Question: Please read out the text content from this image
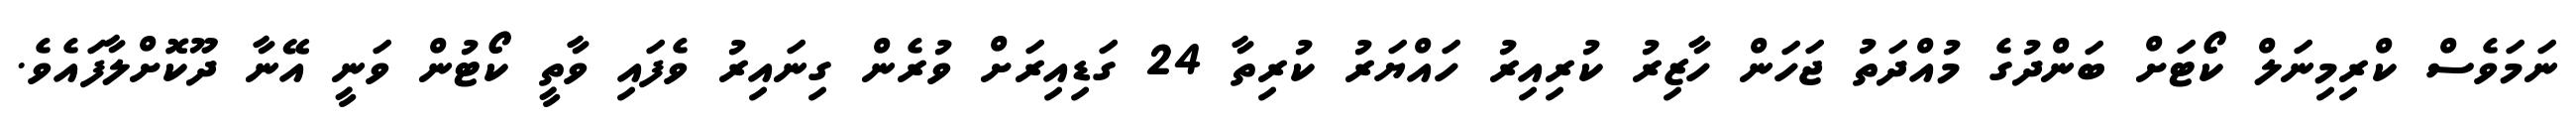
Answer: ނަމަވެސް ކްރިމިނަލް ކޯޓަށް ބަންދުގެ މުއްދަތު ޖަހަން ހާޒިރު ކުރިއިރު ހައްޔަރު ކުރިތާ 24 ގަޑިއިރަށް ވުރެން ގިނައިރު ވެފައި ވާތީ ކޯޓުން ވަނީ އޭނާ ދޫކޮށްލާފައެވެ.